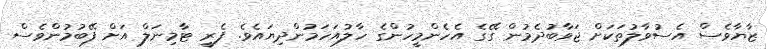
ޒާޔާވެސް އެސުވާލުތަކަށް ޖަވާބުދެމުން ގޭގެ އެހެންމީހުންގެ ހާލުއަހަމުންދިޔައެވެ. ފެރީ ޓާމިނަލް އަށް ފޭބުމުންވެސް